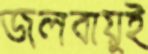
জলবায়ুই